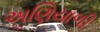
અણિયાળી